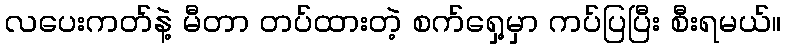
လပေးကတ်နဲ့ မီတာ တပ်ထားတဲ့ စက်ရှေ့မှာ ကပ်ပြပြီး စီးရမယ်။